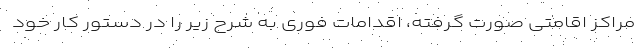
مراکز اقامتی صورت گرفته، اقدامات فوری به شرح زیر را در دستور کار خود